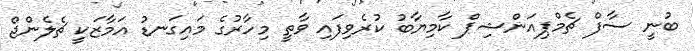
ބުނީ ސާފް ޗެމްޕިއަންޝިޕް ކާމިޔާބު ކުރެވިފައި ވާތީ މިހާރުގެ މައިގަނޑު އަމާޒަކީ ޗެލެންޖް